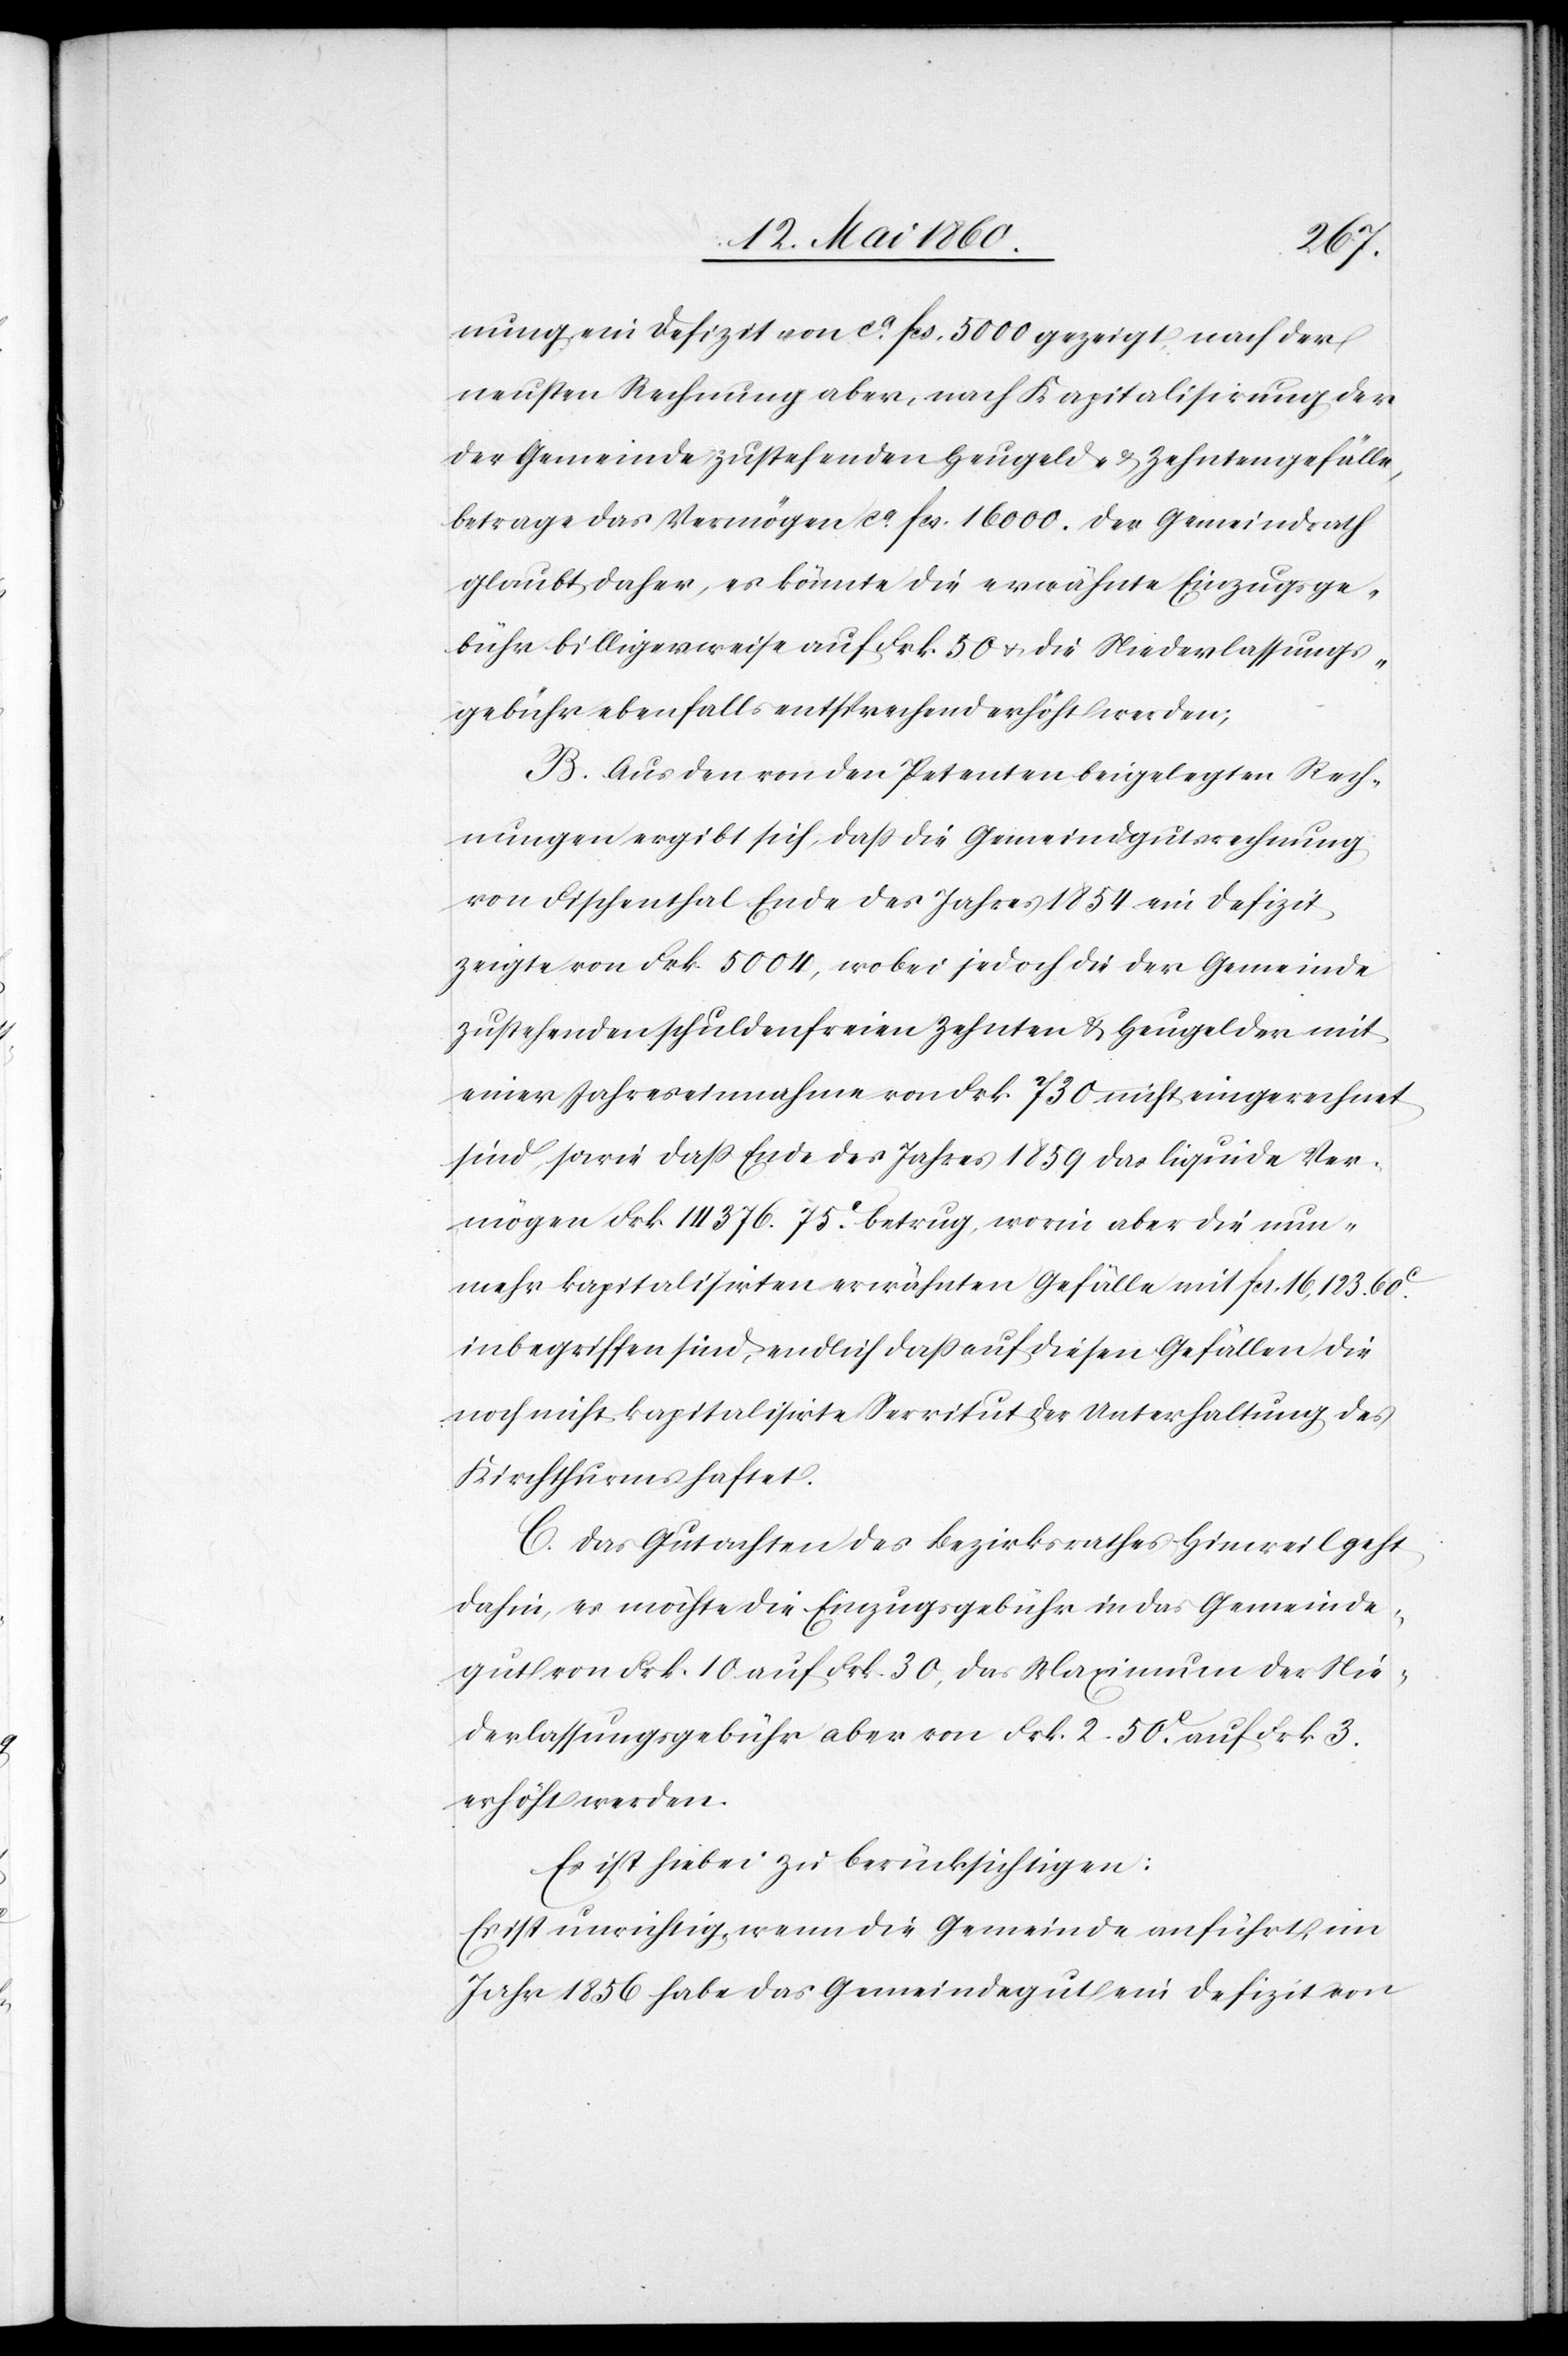
Ver¬
nung ein Defizit von ca fcs. 5000 gezeigt, nach der
neusten Rechnung aber, nach Kapitalisirung der
der Gemeinde zustehenden Heugeld- u. Zehntengefälle,
betrage das Vermögen ca fcs. 16 000. Der Gemeindrath
glaubt daher, es könnte die erwähnte Einzugsge¬
bühr billigerweise auf Frk. 50 u. die Niederlassungs¬
gebühr ebenfalls entsprechend erhöht werden;
B. Aus den von den Petenten beigelegten Rech¬
nungen ergibt sich, dass die Gemeindgutsrechnung
von Fischenthal Ende des Jahres 1854 ein Defizit
zeigte von Fkr. 5004, wobei jedoch die der Gemeinde
zustehenden schuldenfreien Zehnten u. Heugelder mit
einer Jahreseinnahme von Frk. 730 eingerechnet sind, sowie dass
möge Frk. 14 376 75C betrug, worin aber die nun¬
mehr kapitalisirten erwähnten Gefälle mit fcs. 16,123 60C
inbegriffen sind, endlich dass auf diesen Gefällen die
noch nicht kapitalisirte Servitut der Unterhaltung des
Kirchthurms haftet.
C. das Gutachten des Bezirksrathes Hinweil geht
dahin, es möchte die Einzugsgebühr in das Gemeinde¬
gut von Frk. 10 auf Frk. 30, das Maximum der Nie¬
derlassungsgebühr aber von Frk. 2. 50C auf Frk. 3
erhöht werden.
Es ist hiebei zu berücksichtigen:
Es ist unwichtig, wenn die Gemeinde anführt, im
Jahr 1856 habe das Gemeindegut ein Defizit von